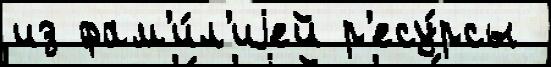
из фам'и́л'иjей р'есу́рсы